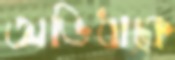
অভিধাকে